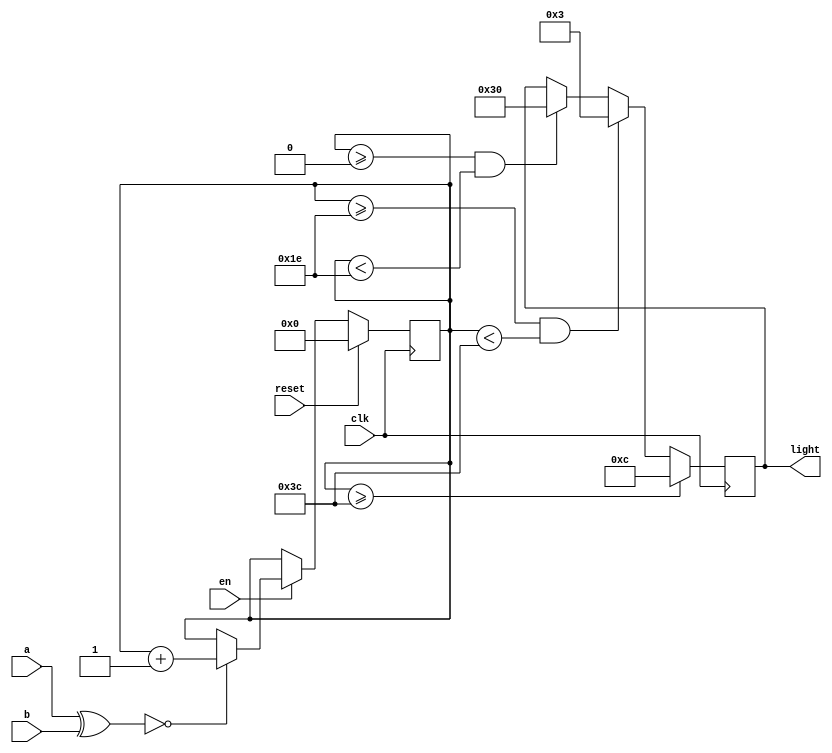
module score(clk,reset,a,b,light,en);
   
input clk,en,reset;
input [7:0]a,b;
output [5:0]light;
reg [7:0]r;
reg [5:0]q = 0;
reg [5:0]rgb;

assign light = rgb;

always@(posedge clk) begin
    if(reset) begin
        q = 0;
        end
    else if(en == 1'b1 )begin
        r = a^b;   
        if(r == 8'b00000000)   
            q = q + 1'b1;
        else
            q = q;
    end
end

always @(posedge clk) begin
    if(q>=60) begin
        rgb = 6'b001100; // green
        end

    else if(q>=30 && q <60) begin
        rgb = 6'b000011; // blue
        end

    else if(q>=0 && q <30) begin
        rgb = 6'b110000; // red
        end
end

endmodule